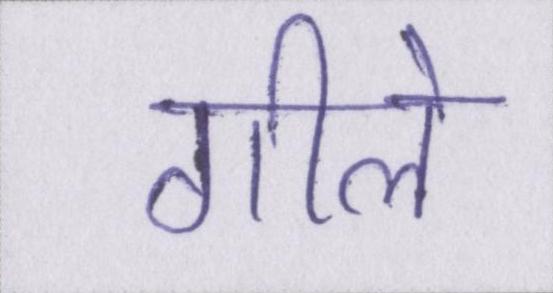
गीले